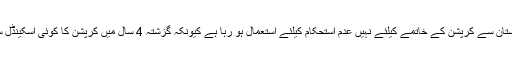
پاناما کیس پاکستان سے کرپشن کے خاتمے کیلئے نہیں عدم استحکام کیلئے استعمال ہو رہا ہے کیونکہ گزشتہ 4 سال میں کرپشن کا کوئی اسکینڈل سامنے نہیں آیا۔